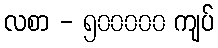
လစာ - ၅၀၀၀၀၀ ကျပ်